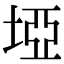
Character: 埡